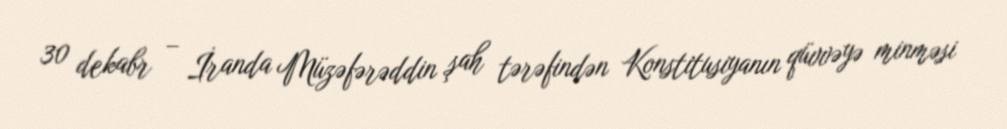
30 dekabr – İranda Müzəfərəddin şah tərəfindən Konstitusiyanın qüvvəyə minməsi